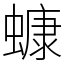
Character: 䗧